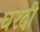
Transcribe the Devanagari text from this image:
घरदी